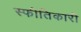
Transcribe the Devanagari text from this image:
स्फीतिकारी